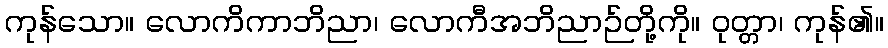
ကုန်သော။ လောကိကာဘိညာ၊ လောကီအဘိညာဉ်တို့ကို။ ဝုတ္တာ၊ ကုန်၏။